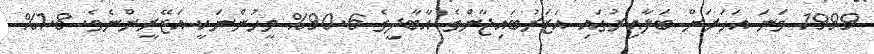
1999 ވަނަ އަހަރަށް ބަލާއިރުގައި އަޒަރުބައިޖާންގެ އާބާދީގެ 90.6% މީހުންނަކީ އަޒޭރީންނެވެ. 1.8%